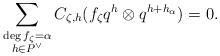
\begin{align*}\sum_{\substack{\deg f_\zeta = \alpha \\ h\in P^\vee}} C_{\zeta, h} (f_\zeta q^{h} \otimes q^{h+h_{\alpha}})= 0.\end{align*}